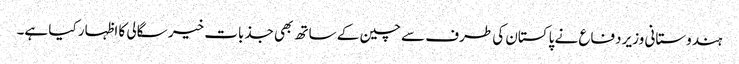
ہندوستانی وزیر دفاع نے پاکستان کی طرف سے چین کے ساتھ بھی جذبات خیر سگالی کا اظہار کیا ہے۔